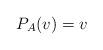
LaTeX: \begin{align*}P_A(v)=v\end{align*}